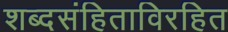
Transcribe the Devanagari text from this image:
शब्दसंहिताविरहित